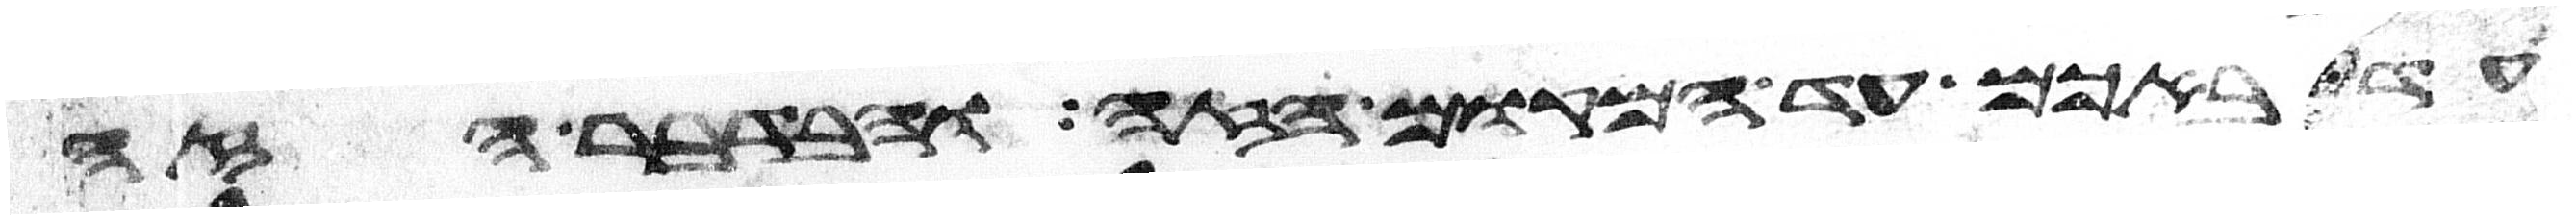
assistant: עד באכם עד המקום הזה ובדבר הזה